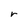
Character: r